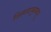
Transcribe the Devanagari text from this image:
विस्मयाथुमबाथू